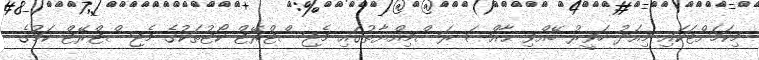
މިކަމަށްޓަކައި މިއަދު ހަވީރު ބޭއްވި ޙާއްޞަ ރަސްމިއްޔާތުގައި މެޖިސްޓްރޭޓް ކޯޓުތަކުގެ މެޖިސްޓްރޭޓް ކަމުގެ